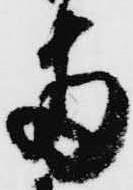
両